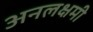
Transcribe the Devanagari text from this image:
अनलक्षमी